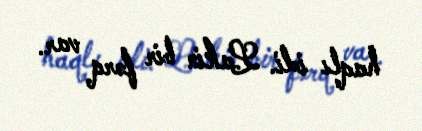
haqlı idi. Lakin bir fərq var.